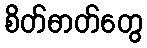
စိတ်ဓာတ်တွေ